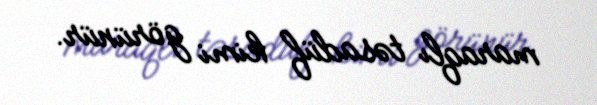
maraqlı təsadüf kimi görünür.